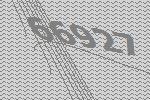
66927